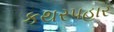
કથરપહાર